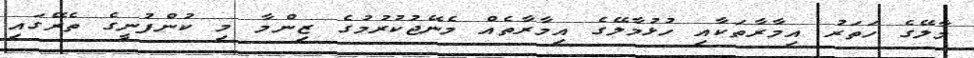
މާލޭގެ ހަތަރު އިމާރާތަކާއި ހުޅުމާލޭގެ އިމާރާތެއް މެނޭޖުކުރުމުގެ ޒިންމާ މި ކުންފުނީގެ ތެރޭގައި